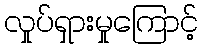
လှုပ်ရှားမှုကြောင့်